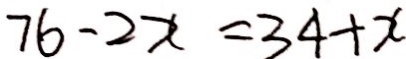
7 b - 2 x = 3 4 + x